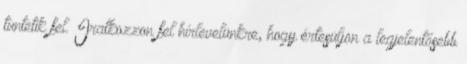
tüntetik fel. Iratkozzon fel hírlevelünkre, hogy értesüljön a legjelentősebb